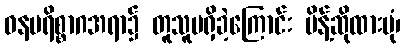
ဓနပရိစ္စာဂအရာ၌ တူသူမရှိခဲ့ကြောင်း မိန့်ဆိုထားပုံ၊